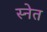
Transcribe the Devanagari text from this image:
स्नेत